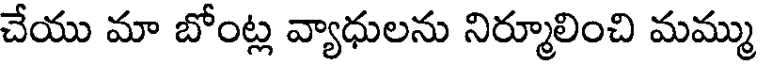
చేయు మా బోంట్ల వ్యాధులను నిర్మూలించి మమ్ము